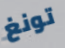
تونغ